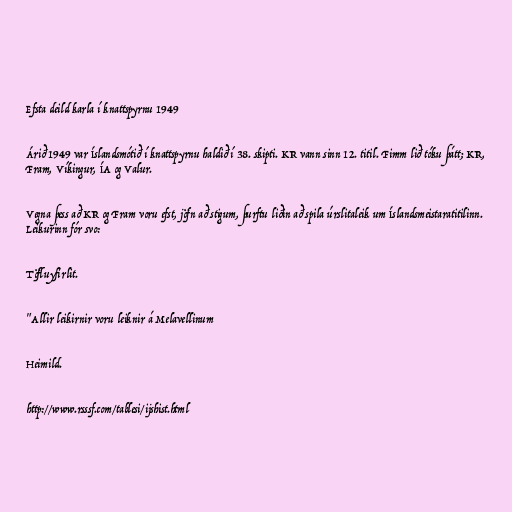
Efsta deild karla í knattspyrnu 1949

Árið 1949 var Íslandsmótið í knattspyrnu haldið í 38. skipti. KR vann sinn 12. titil. Fimm lið tóku þátt; KR,
Fram, Víkingur, ÍA og Valur.

Vegna þess að KR og Fram voru efst, jöfn að stigum, þurftu liðin að spila úrslitaleik um Íslandsmeistaratitilinn.
Leikurinn fór svo:

Töfluyfirlit.

"Allir leikirnir voru leiknir á Melavellinum

Heimild.

http://www.rsssf.com/tablesi/ijshist.html